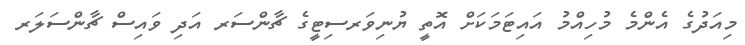
މިއަދުގެ އެންމެ މުހިއްމު އައިޓަމަކަށް އޮތީ ޔުނިވަރސިޓީގެ ޗާންސަރ އަދި ވައިސް ޗާންސަލަރ